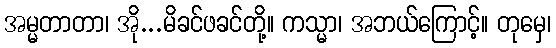
အမ္မတာတာ၊ အို...မိခင်ဖခင်တို့။ ကသ္မာ၊ အဘယ်ကြောင့်။ တုမှေ၊